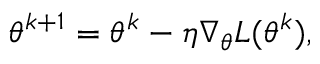
\theta ^ { k + 1 } = \theta ^ { k } - \eta \nabla _ { \theta } L ( \theta ^ { k } ) ,